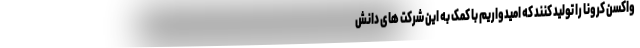
واکسن کرونا را تولید کنند که امیدواریم با کمک به این شرکت های دانش